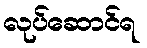
လုပ်ဆောင်ရ